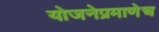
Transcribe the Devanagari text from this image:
योजनेप्रमाणेच